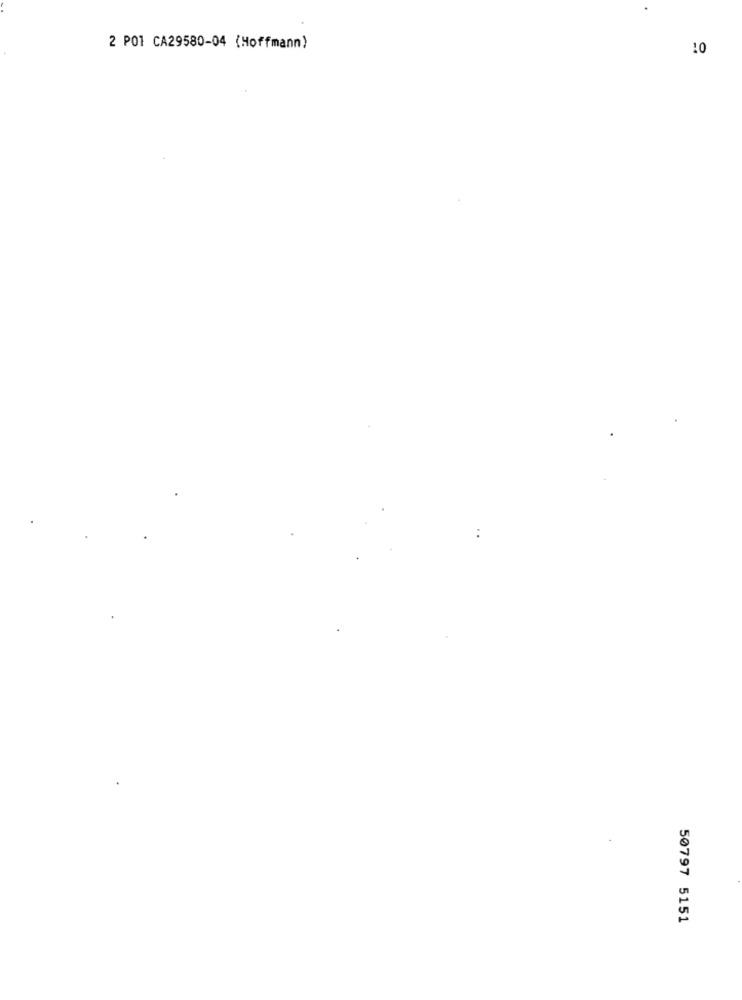
2 PO1 CA29580-04 {Hoffmann)
10
50797 5151